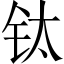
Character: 钛